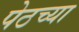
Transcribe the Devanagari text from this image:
पेठच्या